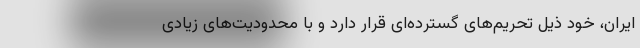
ایران، خود ذیل تحریم‌های گسترده‌ای قرار دارد و با محدودیت‌های زیادی